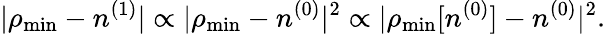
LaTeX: \vert\rho_{\mathrm{min}}-n^{(1)}\vert\propto\vert\rho_{\mathrm{min}}-n^{(0)}\vert^{2}\propto\vert\rho_{\mathrm{min}}[n^{(0)}]-n^{(0)}\vert^{2}.